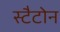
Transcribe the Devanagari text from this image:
स्टैटोन